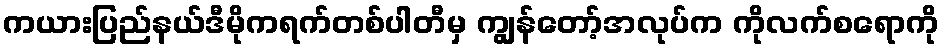
ကယားပြည်နယ်ဒီမိုကရက်တစ်ပါတီမှ ကျွန်တော့်အလုပ်က ကိုလက်စရောကို